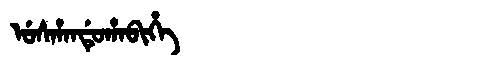
Manchu: ᡠᠰᡥᠠᠨᡩᡠᡥᠠᠪᡳᡥᡝ
Romanization: USHANDUHABIHE